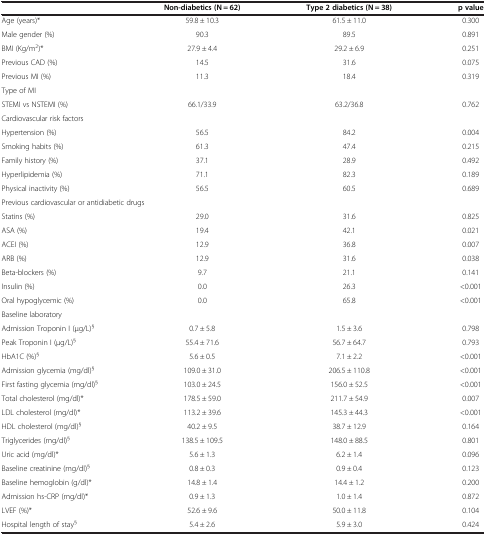
<table><thead><tr><td><b> </b></td><td><b>Non-diabetics (N = 62)</b></td><td><b>Type 2 diabetics (N = 38)</b></td><td><b>p value</b></td></tr></thead><tbody><tr><td>Age (years)*</td><td>59.8 ± 10.3</td><td>61.5 ± 11.0</td><td>0.300</td></tr><tr><td>Male gender (%)</td><td>90.3</td><td>89.5</td><td>0.891</td></tr><tr><td>BMI (Kg/m<sup>2</sup>)*</td><td>27.9 ± 4.4</td><td>29.2 ± 6.9</td><td>0.251</td></tr><tr><td>Previous CAD (%)</td><td>14.5</td><td>31.6</td><td>0.075</td></tr><tr><td>Previous MI (%)</td><td>11.3</td><td>18.4</td><td>0.319</td></tr><tr><td colspan="4">Type of MI</td></tr><tr><td>STEMI vs NSTEMI (%)</td><td>66.1/33.9</td><td>63.2/36.8</td><td>0.762</td></tr><tr><td colspan="4">Cardiovascular risk factors</td></tr><tr><td>Hypertension (%)</td><td>56.5</td><td>84.2</td><td>0.004</td></tr><tr><td>Smoking habits (%)</td><td>61.3</td><td>47.4</td><td>0.215</td></tr><tr><td>Family history (%)</td><td>37.1</td><td>28.9</td><td>0.492</td></tr><tr><td>Hyperlipidemia (%)</td><td>71.1</td><td>82.3</td><td>0.189</td></tr><tr><td>Physical inactivity (%)</td><td>56.5</td><td>60.5</td><td>0.689</td></tr><tr><td colspan="4">Previous cardiovascular or antidiabetic drugs</td></tr><tr><td>Statins (%)</td><td>29.0</td><td>31.6</td><td>0.825</td></tr><tr><td>ASA (%)</td><td>19.4</td><td>42.1</td><td>0.021</td></tr><tr><td>ACEI (%)</td><td>12.9</td><td>36.8</td><td>0.007</td></tr><tr><td>ARB (%)</td><td>12.9</td><td>31.6</td><td>0.038</td></tr><tr><td>Beta-blockers (%)</td><td>9.7</td><td>21.1</td><td>0.141</td></tr><tr><td>Insulin (%)</td><td>0.0</td><td>26.3</td><td>&lt;0.001</td></tr><tr><td>Oral hypoglycemic (%)</td><td>0.0</td><td>65.8</td><td>&lt;0.001</td></tr><tr><td colspan="4">Baseline laboratory</td></tr><tr><td>Admission Troponin I (μg/L)<sup>§</sup></td><td>0.7 ± 5.8</td><td>1.5 ± 3.6</td><td>0.798</td></tr><tr><td>Peak Troponin I (μg/L)<sup>§</sup></td><td>55.4 ± 71.6</td><td>56.7 ± 64.7</td><td>0.793</td></tr><tr><td>HbA1C (%)<sup>§</sup></td><td>5.6 ± 0.5</td><td>7.1 ± 2.2</td><td>&lt;0.001</td></tr><tr><td>Admission glycemia (mg/dl)<sup>§</sup></td><td>109.0 ± 31.0</td><td>206.5 ± 110.8</td><td>&lt;0.001</td></tr><tr><td>First fasting glycemia (mg/dl)<sup>§</sup></td><td>103.0 ± 24.5</td><td>156.0 ± 52.5</td><td>&lt;0.001</td></tr><tr><td>Total cholesterol (mg/dl)*</td><td>178.5 ± 59.0</td><td>211.7 ± 54.9</td><td>0.007</td></tr><tr><td>LDL cholesterol (mg/dl)*</td><td>113.2 ± 39.6</td><td>145.3 ± 44.3</td><td>&lt;0.001</td></tr><tr><td>HDL cholesterol (mg/dl)<sup>§</sup></td><td>40.2 ± 9.5</td><td>38.7 ± 12.9</td><td>0.164</td></tr><tr><td>Triglycerides (mg/dl)<sup>§</sup></td><td>138.5 ± 109.5</td><td>148.0 ± 88.5</td><td>0.801</td></tr><tr><td>Uric acid (mg/dl)*</td><td>5.6 ± 1.3</td><td>6.2 ± 1.4</td><td>0.096</td></tr><tr><td>Baseline creatinine (mg/dl)<sup>§</sup></td><td>0.8 ± 0.3</td><td>0.9 ± 0.4</td><td>0.123</td></tr><tr><td>Baseline hemoglobin (g/dl)*</td><td>14.8 ± 1.4</td><td>14.4 ± 1.2</td><td>0.200</td></tr><tr><td>Admission hs-CRP (mg/dl)*</td><td>0.9 ± 1.3</td><td>1.0 ± 1.4</td><td>0.872</td></tr><tr><td>LVEF (%)*</td><td>52.6 ± 9.6</td><td>50.0 ± 11.8</td><td>0.104</td></tr><tr><td>Hospital length of stay<sup>§</sup></td><td>5.4 ± 2.6</td><td>5.9 ± 3.0</td><td>0.424</td></tr></tbody></table>